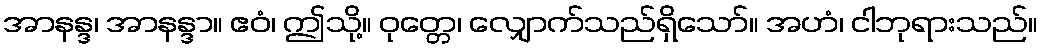
အာနန္ဒ၊ အာနန္ဒာ။ ဧဝံ၊ ဤသို့။ ဝုတ္တေ၊ လျှောက်သည်ရှိသော်။ အဟံ၊ ငါဘုရားသည်။